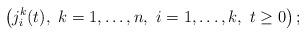
LaTeX: \begin{align*}\left(j^{k}_i(t),\ k = 1, \ldots, n,\ i = 1, \ldots, k,\ t \ge 0\right);\end{align*}